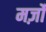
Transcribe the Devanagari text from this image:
मर्ज़ों